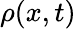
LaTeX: \rho(x,t)